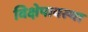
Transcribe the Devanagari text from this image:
विक्षेपावस्था